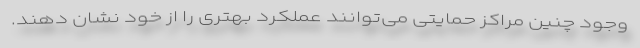
وجود چنین مراکز حمایتی می‌توانند عملکرد بهتری را از خود نشان دهند.